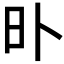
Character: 𣅃